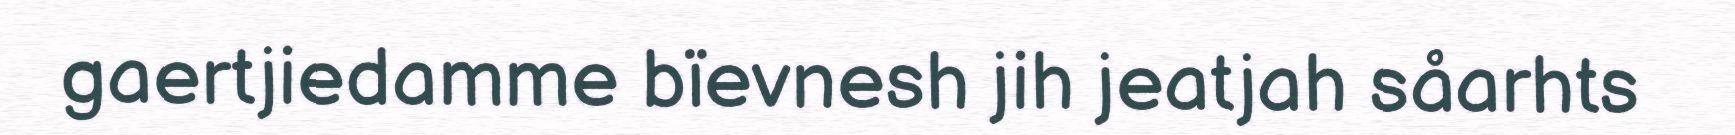
gaertjiedamme bïevnesh jih jeatjah såarhts